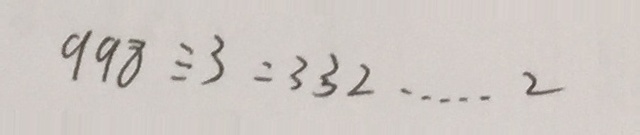
9 9 8 \div 3 = 3 3 2 \cdots 2